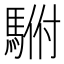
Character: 𱄡